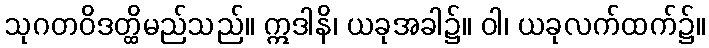
သုဂတဝိဒတ္ထိမည်သည်။ ဣဒါနိ၊ ယခုအခါ၌။ ဝါ၊ ယခုလက်ထက်၌။